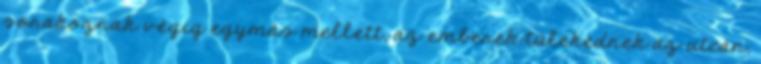
sorakoznak végig egymás mellett, az emberek tülekednek az utcán,